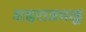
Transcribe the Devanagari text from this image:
शहराजवळू